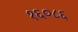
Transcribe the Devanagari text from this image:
१६०८६